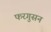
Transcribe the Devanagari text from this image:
फरगुसन